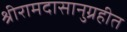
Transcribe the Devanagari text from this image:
श्रीरामदासानुग्रहीत